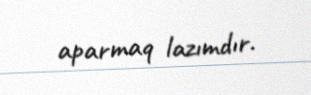
aparmaq lazımdır.